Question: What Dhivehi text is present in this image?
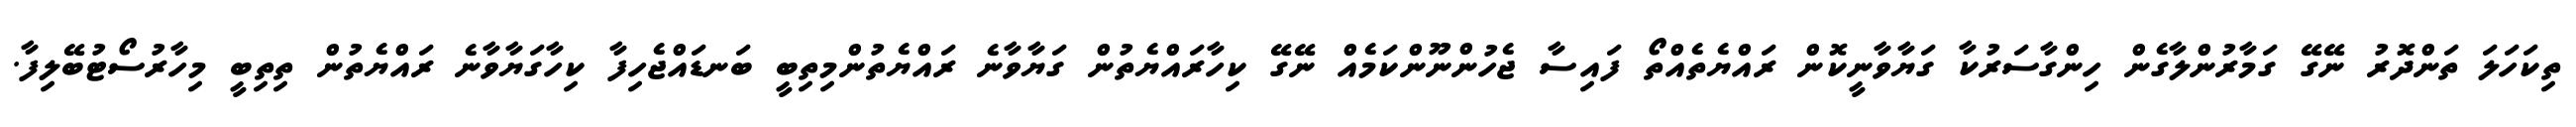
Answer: ތިކަހަލަ ތަންދޮރު ނޭގޭ ގަމާރުންލާގެން ހިންގާސަރުކާ ގަޔާވާނީކޮން ރައްޔެތެއްތޯ ފައިސާ ޖެހުންނޫންކަމެއް ނޭގޭ ކިހާރައްޔެތުން ގަޔާވާނެ ރައްޔެތުންމިތިބީ ބަނޑައްޖެހިފާ ކިހާގަޔާވާނެ ރައްޔެތުން ތިތިބީ މިހާރުސޯޓުބޭލިފާ.